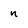
Character: n